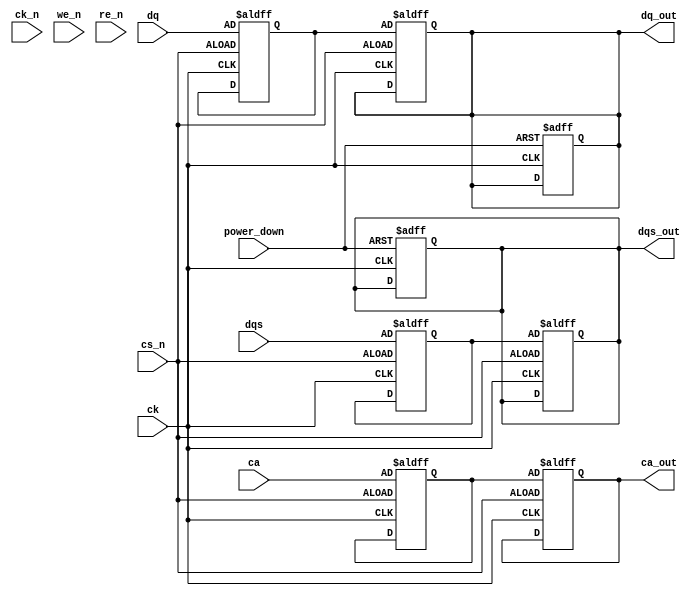
module lpddr4_io_block (
    input wire [DQ_WIDTH-1:0] dq,          // Data lines (DQ)
    input wire [DQS_WIDTH-1:0] dqs,        // Data strobe (DQS)
    input wire [CA_WIDTH-1:0] ca,          // Command/Address lines (CA)
    input wire ck,                          // Clock (CK)
    input wire ck_n,                        // Inverted Clock (CK#)
    input wire cs_n,                        // Chip Select (CS#)
    input wire we_n,                        // Write Enable (WE#)
    input wire re_n,                        // Read Enable (RE#)
    input wire power_down,                  // Power down control
    output reg [DQ_WIDTH-1:0] dq_out,      // Output data lines
    output reg [DQS_WIDTH-1:0] dqs_out,    // Output data strobe
    output reg [CA_WIDTH-1:0] ca_out       // Output command/address
);

parameter DQ_WIDTH = 64;                   // Width of data bus
parameter DQS_WIDTH = 8;                    // Width of data strobe
parameter CA_WIDTH = 16;                    // Width of command/address

// Internal signals
reg [DQ_WIDTH-1:0] dq_in;                  // Internal data input
reg [DQS_WIDTH-1:0] dqs_in;                // Internal data strobe input
reg [CA_WIDTH-1:0] ca_in;                  // Internal command/address input

// Input Buffers
always @(posedge ck or negedge cs_n) begin
    if (!cs_n) begin
        dq_in <= dq;                        // Capture data on clock edge
        dqs_in <= dqs;                      // Capture DQS on clock edge
        ca_in <= ca;                        // Capture command/address
    end
end

// Output Drivers
always @(posedge ck or negedge cs_n) begin
    if (!cs_n) begin
        dq_out <= dq_in;                    // Output data
        dqs_out <= dqs_in;                  // Output DQS
        ca_out <= ca_in;                    // Output command/address
    end
end

// Power Management Logic
always @(posedge ck or negedge power_down) begin
    if (!power_down) begin
        // Logic to enter low power mode
        dq_out <= {DQ_WIDTH{1'bz}};         // High impedance state
        dqs_out <= {DQS_WIDTH{1'bz}};       // High impedance state
    end
end

// Error Handling (Optional Parity Check)
reg [DQ_WIDTH-1:0] parity_bit;             // Parity bit for error detection
always @(posedge ck) begin
    parity_bit <= ^dq_in;                   // Calculate parity
end

endmodule